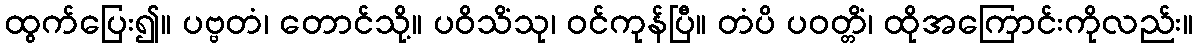
ထွက်ပြေး၍။ ပဗ္ဗတံ၊ တောင်သို့။ ပဝိသိံသု၊ ဝင်ကုန်ပြီ။ တံပိ ပဝတ္တိံ၊ ထိုအကြောင်းကိုလည်း။